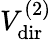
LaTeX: V_{\mathrm{dir}}^{(2)}